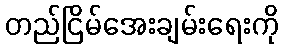
တည်ငြိမ်အေးချမ်းရေးကို